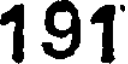
191